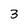
Character: 3